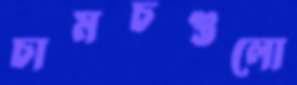
চামচগুলো